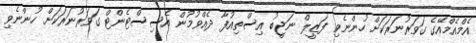
އެމްއެމްއޭގެ ގަވަރުނަރަކަށް ހުންނެވި ފަޒީލް ނަޖީބު އިސްތިއުފާ ދެއްވުމުން އެސިސްޓެންޓް ގަވަރުނަރަކަށް ހުންނެވި